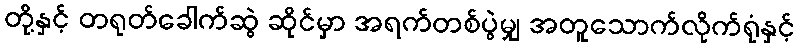
တို့နှင့် တရုတ်ခေါက်ဆွဲ ဆိုင်မှာ အရက်တစ်ပွဲမျှ အတူသောက်လိုက်ရုံနှင့်